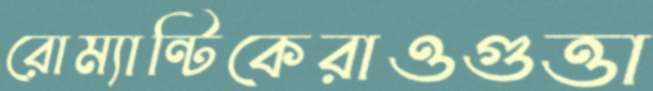
রোম্যান্টিকেরাওগুত্তা